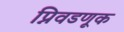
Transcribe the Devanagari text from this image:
प्निवडणूक